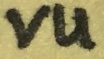
Text: VU